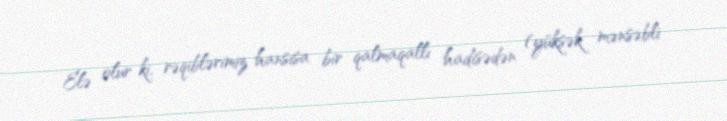
Elə olur ki, rəqiblərimiz hansısa bir qalmaqallı hadisədən (yüksək mənsəbli